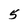
Character: 5